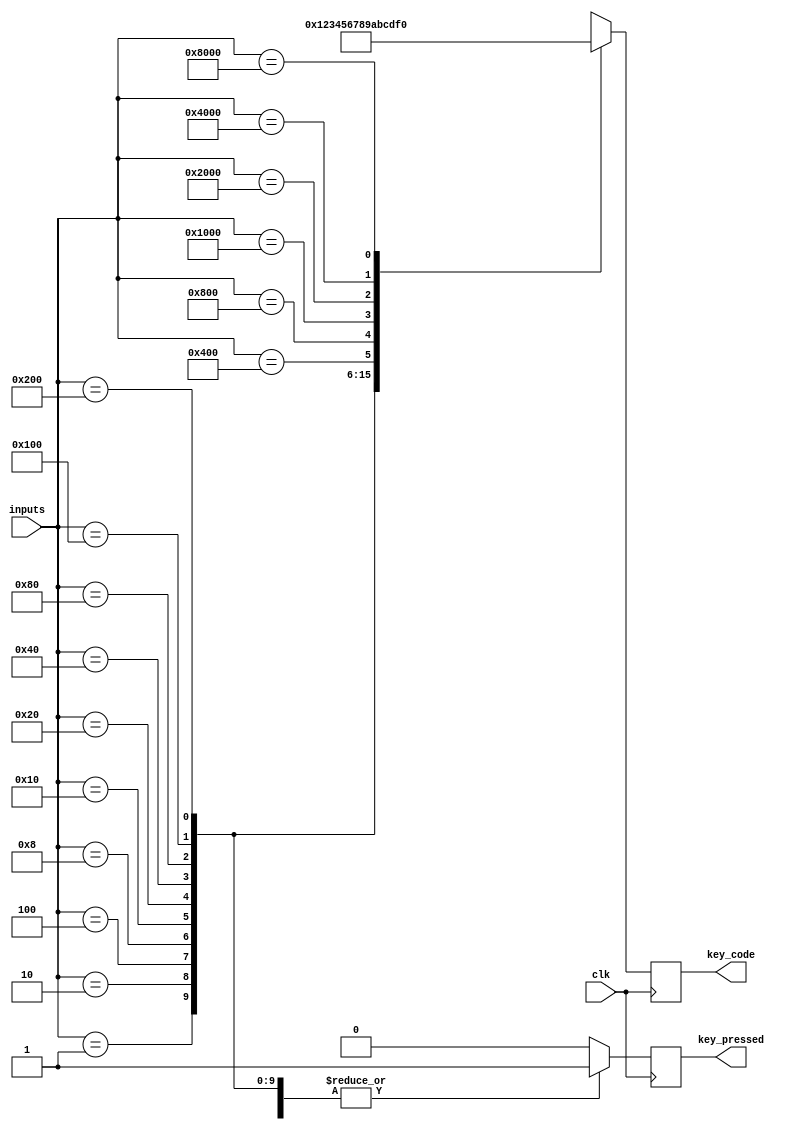
// converts switch inputs into what Chip-8 expects.

module InputHandler (
    input clk,
    input [15:0] inputs,
    output reg key_pressed,
    output reg [3:0] key_code);

    always @(posedge clk) begin
        case (inputs)
            16'h0001: begin
                key_code <= 0;
                key_pressed <= 1;
            end
            16'h0002: begin
                key_code <= 1;
                key_pressed <= 1;
            end
            16'h0004: begin
                key_code <= 2;
                key_pressed <= 1;
            end
            16'h0008: begin
                key_code <= 3;
                key_pressed <= 1;
            end
            16'h0010: begin
                key_code <= 4;
                key_pressed <= 1;
            end
            16'h0020: begin
                key_code <= 5;
                key_pressed <= 1;
            end
            16'h0040: begin
                key_code <= 6;
                key_pressed <= 1;
            end
            16'h0080: begin
                key_code <= 7;
                key_pressed <= 1;
            end
            16'h0100: begin
                key_code <= 8;
                key_pressed <= 1;
            end
            16'h0200: begin
                key_code <= 9;
                key_pressed <= 1;
            end
            16'h0400: begin
                key_code <= 10;
                key_pressed <= 1;
            end
            16'h0800: begin
                key_code <= 11;
                key_pressed <= 1;
            end
            16'h1000: begin
                key_code <= 12;
                key_pressed <= 1;
            end
            16'h2000: begin
                key_code <= 13;
                key_pressed <= 1;
            end
            16'h4000: begin
                key_code <= 14;
                key_pressed <= 1;
            end
            16'h8000: begin
                key_code <= 15;
                key_pressed <= 1;
            end
            default: begin
                key_pressed <= 0;
                key_code <= 16'hXXXX;
            end
        endcase
    end

endmodule